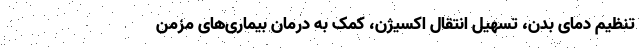
تنظیم دمای بدن، تسهیل انتقال اکسیژن، کمک به درمان بیماری‌های مزمن